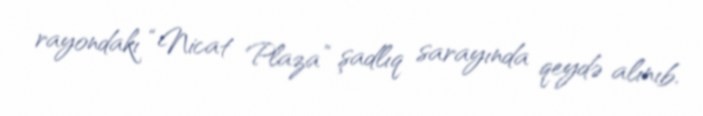
rayondakı “Nicat Plaza” şadlıq sarayında qeydə alınıb.